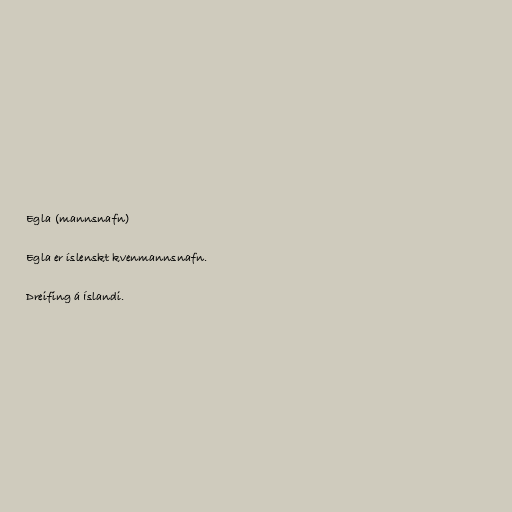
Egla (mannsnafn)

Egla er íslenskt kvenmannsnafn.

Dreifing á Íslandi.